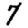
Digit: 7